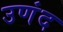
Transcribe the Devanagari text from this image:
उणंद